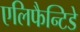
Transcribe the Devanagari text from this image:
एलिफैन्टिडे